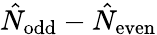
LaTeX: \hat{N}_{\mathrm{odd}}-\hat{N}_{\mathrm{even}}